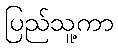
ပြည်သူ့ကာ